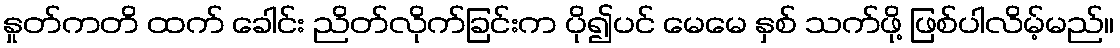
နှုတ်ကတိ ထက် ခေါင်း ညိတ်လိုက်ခြင်းက ပို၍ပင် မေမေ နှစ် သက်ဖို့ ဖြစ်ပါလိမ့်မည်။